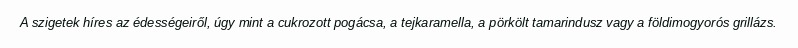
A szigetek híres az édességeiről, úgy mint a cukrozott pogácsa, a tejkaramella, a pörkölt tamarindusz vagy a földimogyorós grillázs.